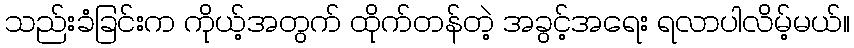
သည်းခံခြင်းက ကိုယ့်အတွက် ထိုက်တန်တဲ့ အခွင့်အရေး ရလာပါလိမ့်မယ်။